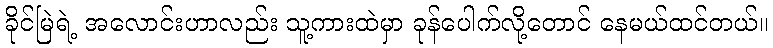
ခိုင်မြဲရဲ့ အလောင်းဟာလည်း သူ့ကားထဲမှာ ခုန်ပေါက်လို့တောင် နေမယ်ထင်တယ်။